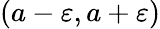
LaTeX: (a-\varepsilon,a+\varepsilon)